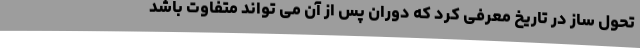
تحول ساز در تاریخ معرفی کرد که دوران پس از آن می تواند متفاوت باشد